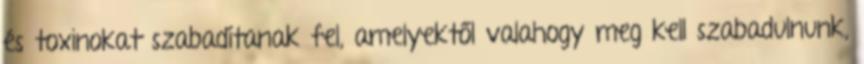
és toxinokat szabadítanak fel, amelyektől valahogy meg kell szabadulnunk,